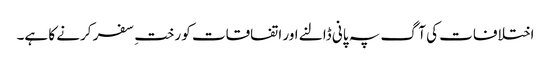
اختلافات کی آگ پہ پانی ڈالنے اور اتفاقات کو رختِ سفر کرنے کا ہے۔